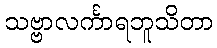
သဗ္ဗာလင်္ကာရဘူသိတာ